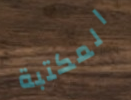
المكتبة